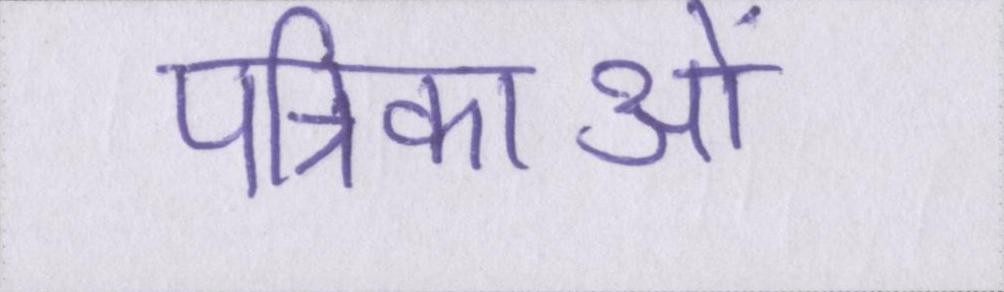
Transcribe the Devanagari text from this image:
पत्रिकाओं